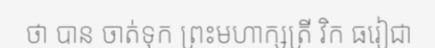
ថា បាន ចាត់ទុក ព្រះមហាក្សត្រី វិក ធរៀជា